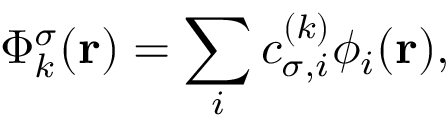
\Phi _ { k } ^ { \sigma } ( { \bf r } ) = \sum _ { i } c _ { \sigma , i } ^ { ( k ) } \phi _ { i } ( { \bf r } ) ,